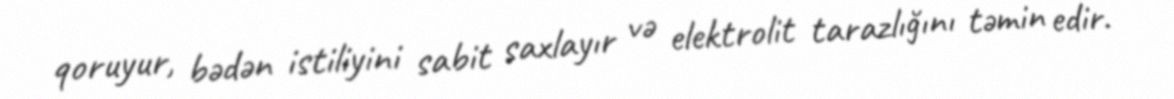
qoruyur, bədən istiliyini sabit saxlayır və elektrolit tarazlığını təmin edir.